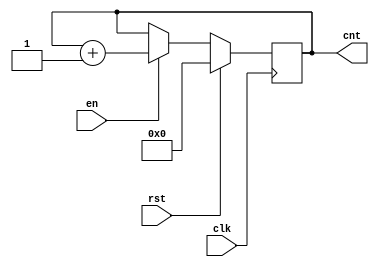
`timescale 1ns / 1ps

module Counter(clk, en, rst, cnt);
    input wire clk, en, rst;
    output reg [31:0] cnt;
    
    initial
    begin
        cnt = 0;
    end
    
    
    always @(posedge clk)
    begin
        if (rst)
        begin
            cnt = 0;
        end else if (en)
        begin
            cnt = cnt + 1;
        end
    end

endmodule